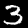
Digit: 3